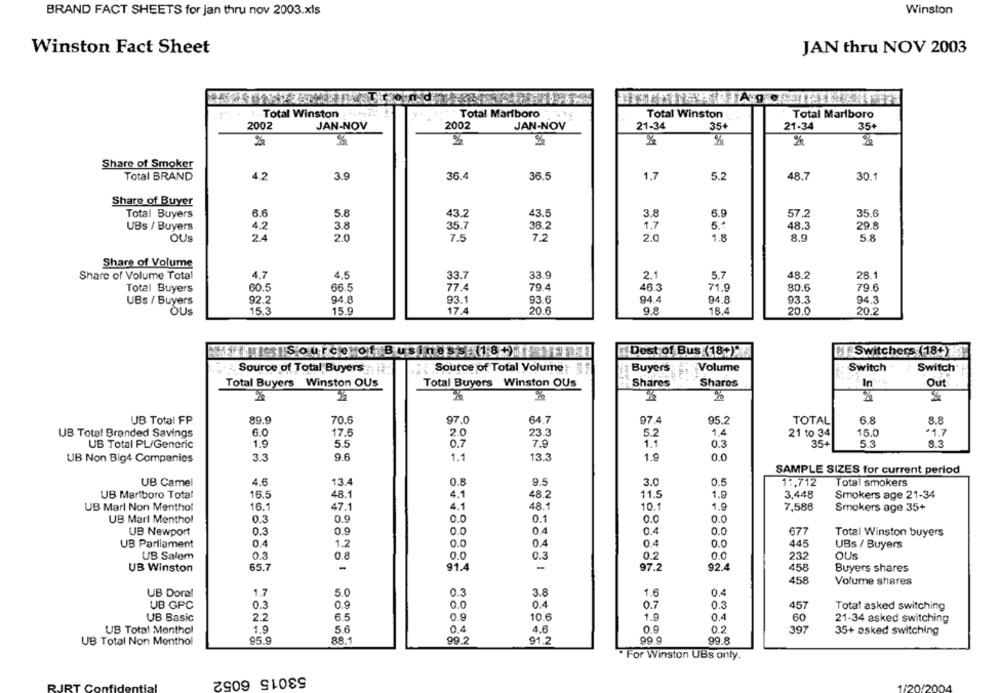
BRAND FACT SHEETS for jan thru nov 2003.xls
Winston
JAN thru NOV 2003
Winston Fact Sheet
Total Winston
Total Marlboro
Total Winston
Total Marlboro
2002
2002
JAN-NOV
JAN-NOV
21-34
35+
21-34
35+
%
%
%
%
%
Share of Smoker
Total BRAND
4.2
3.9
36.4
36.5
1,7
5.2
48.7
30.1
Share of Buyer
Total Buyers
6.6
5.8
43.2
43.5
3.8
6.9
57.2
35.6
UBs / Buyers
4.2
3.8
35.7
36.2
1.7
5.ª
48.3
29.8
OUS
2.4
2.0
7.5
7.2
2.0
1.8
8.9
5.8
Share of Volume
Share of Volume Total
4.7
4.5
33.7
33.9
2.1
5.7
48.2
28.1
Total Buyers
60.5
66.5
77.4
79.4
46.3
71.9
80.6
79.6
UBs / Buyers
92.2
94.8
93.1
93.6
94.4
94.8
93.3
94.3
OUs
15.3
15.9
17.4
20.6
9.8
18.4
20.0
20.2
MAIS Source of Business (18+)M/ F
Dost of Bus (18+)*
CT Switchers (18+) 9
Switch
Source of Total Buyers :
Source of Total Volume:
Buyers
Volume
Switch'
In ***
Total Buyers Winston OUs
Total Buyers Winston OUs
Shares
Shares
Out:
%
%
UB Total FP
89.9
70.6
97.0
64.7
97.4
95.2
TOTAL
6.8
8.8
UB Total Branded Savings
G.C
17.6
2.0
23.3
5.2
1.4
21 to 34
15.0
*1.7
UB Total PL/Generic
1.9
5.5
0.7
7.9
1.1
0.3
354
5.3
8.3
3.3
9.6
1.1
13.3
1.9
0.0
UB Non Big4 Companies
SAMPLE SIZES for current perlod
UB Camel
4.6
13.4
0.8
9.5
3.0
0.5
1 :, 712
Total smokers
UB Marlboro Total
16.5
48.1
4.1
48.2
11.5
1.9
3,448
Smokers age 21-34
16.1
4.1
48.1
10.1
7,588
UB Marl Non Menthol
47.1
1.9
Smokers age 35+
UB Marl Menthol
0.3
0.9
0.0
0.1
0.0
0.0
UB Newport
0.3
0.9
0.0
04
0.4
0.0
677
Total Winston buyers
UB Parliament
0.4
1.2
0.4
0.0
445
UBs / Buyers
0.0
0.3
0.2
232
OUS
UB Salem
0.3
0.8
UB Winston
65.7
-
91.4
-
97.2
92.4
458
Buyers shares
458
Volume shares
UB Doral
1.7
5.0
0.3
3.8
1.6
0.4
UB GPC
0.3
0.9
0.0
0.4
0.7
0.3
457
Total asked switching
UB Basic
2.2
6.5
0.9
10.6
1.9
0.4
60
21-34 asked switching
UB Total Menthol
1.9
5.6
0.4
4.6
0.9
0.2
397
35+ asked switching
UB Total Non Menthol
95.9
88.1
99.2
91.2
99.9
99.8
For Winston UBs only.
53015 6052